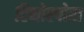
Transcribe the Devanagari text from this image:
टिनोस्पोरा